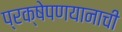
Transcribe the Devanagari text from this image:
प्रक्षेपणयानाची